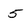
Character: 5